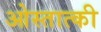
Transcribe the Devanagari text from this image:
ओस्तात्की